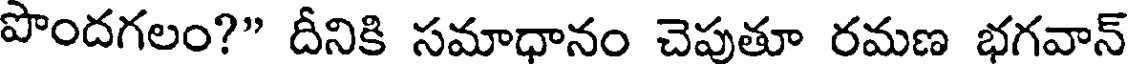
పొందగలం?" దీనికి సమాధానం చెపుతూ రమణ భగవాన్